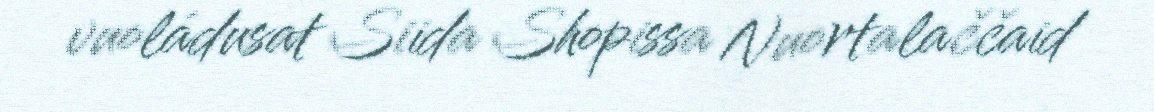
vuoládusat Siida Shopissa Nuortalaččaid